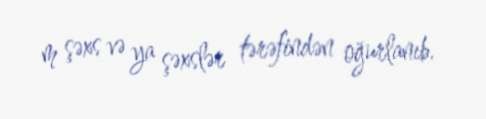
m şəxs və ya şəxslər tərəfindən oğurlanıb.